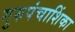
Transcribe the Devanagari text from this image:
गुरुपंचाशिंका